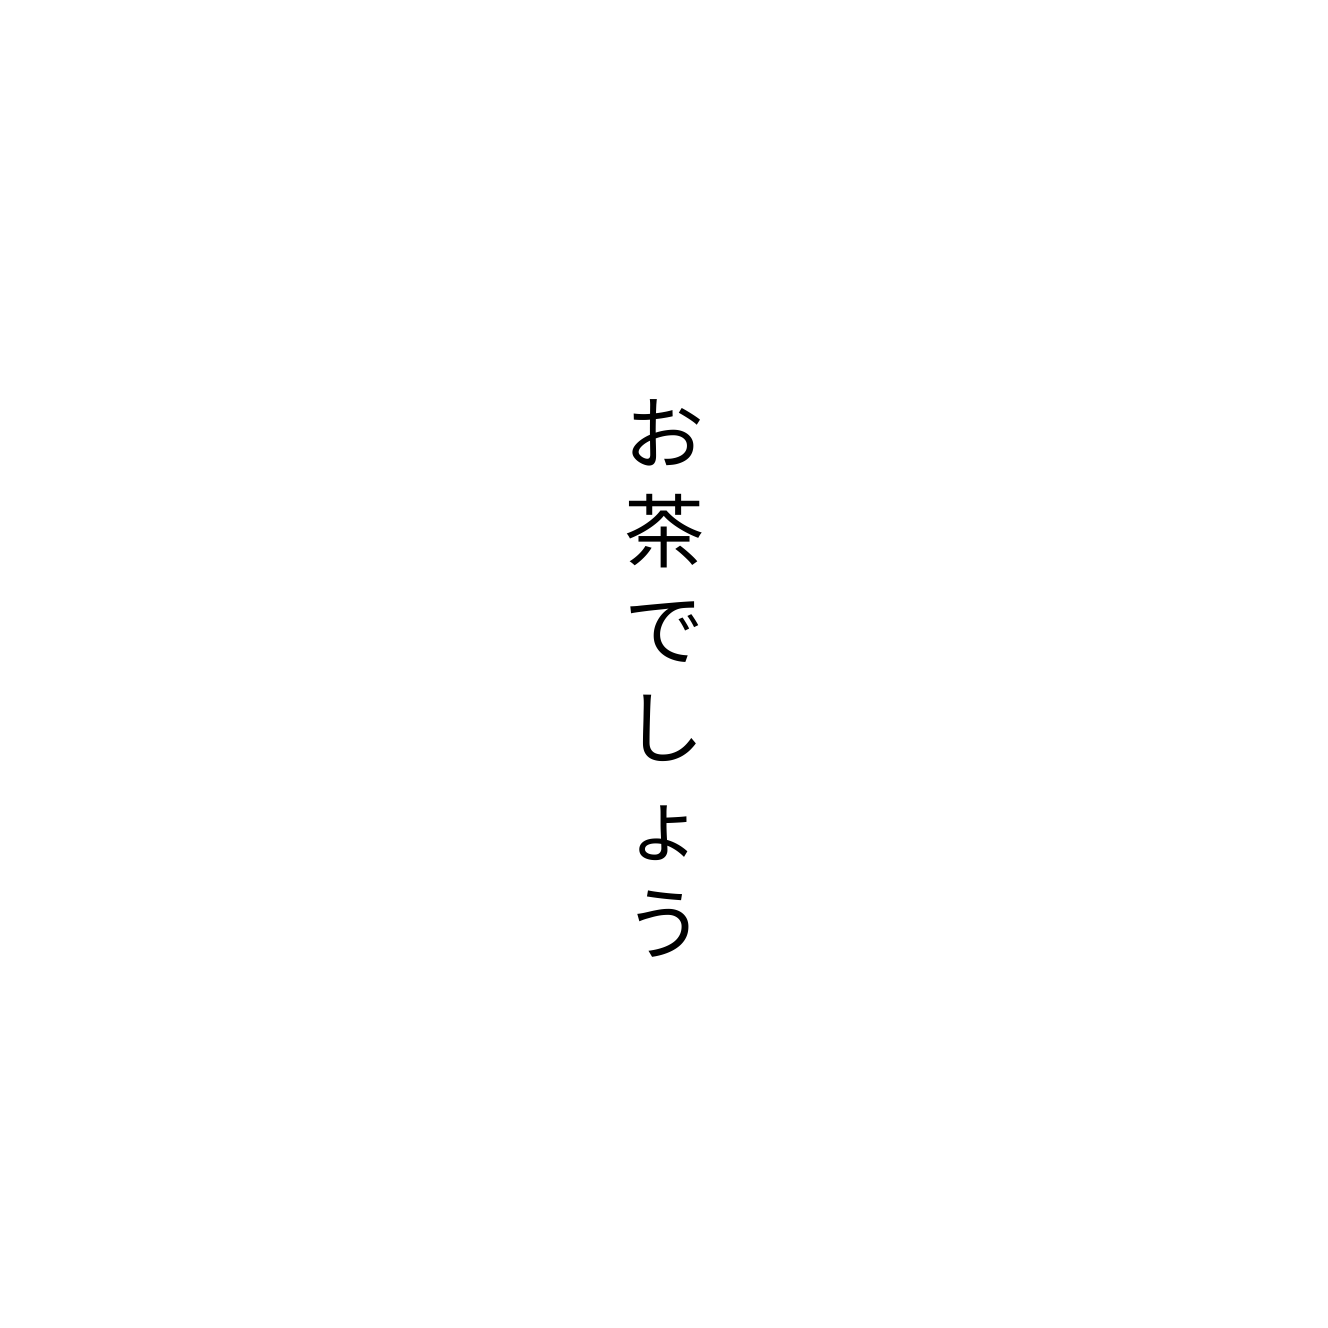
お茶でしょう